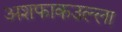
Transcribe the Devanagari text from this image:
अशफाकउल्ला